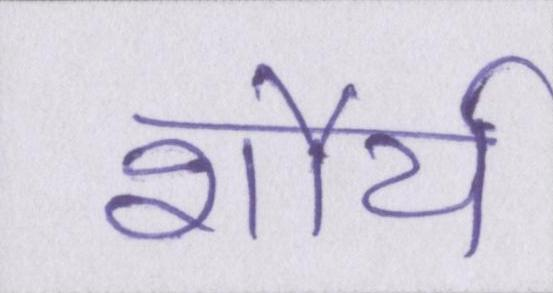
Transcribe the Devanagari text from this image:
शौर्य